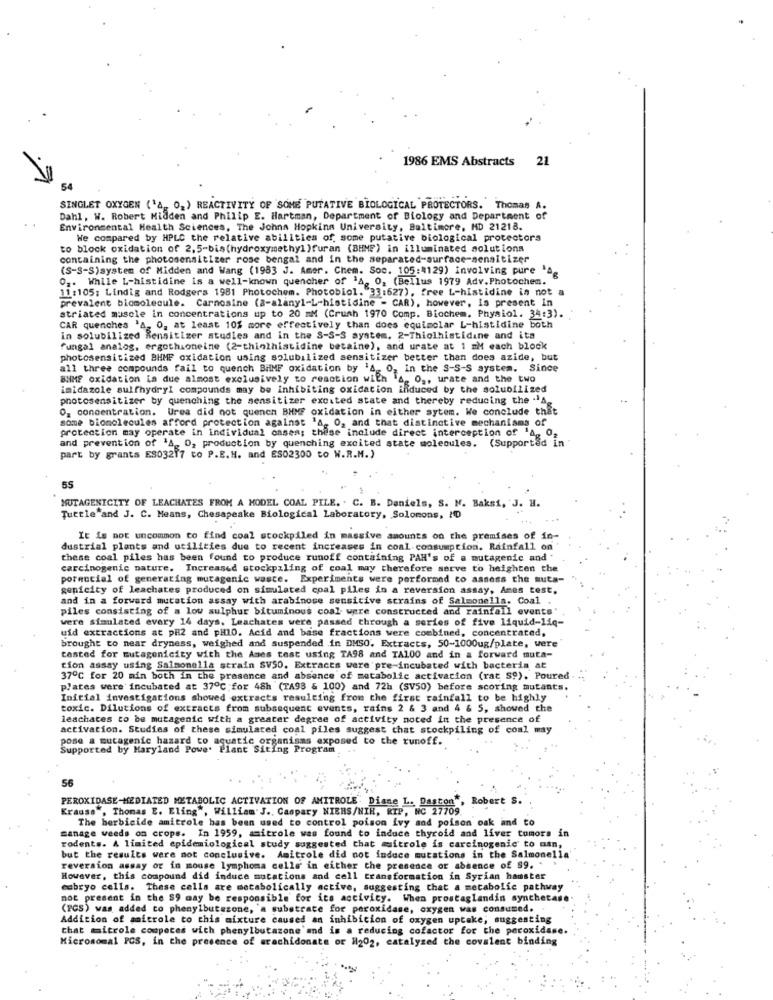
1986 EMS Abstracts
21
SINGLET OXYGEN ('A. O.) REACTIVITY OF SOME PUTATIVE BIOLOGICAL PROTECTORS. Thomas A.
Dahl, W. Robert Midden and Philip E. Hartman, Department of Biology and Department of
Environmental Health Sciences, The Johns Hopkins University, Baltimore, MD 21218.
We compared by HPLC the relative abilities of some putative biological protectors
to block oxidation of 2,5-bis(hydroxymethyl )furan (BHME) in illuminated solutions
containing the photosensitizer rose bengal and in the separated-surface-sensitizer
(S-S-S)system of Midden and Wang (1983 J. Amer. Chem. Soc. 105:4129) Involving pure 's
O2. While L-histidine is a well-known quencher of 'A, 02 (Bellus 1979 Adv.Photochem.
11:105: Lindig and Rodgers 1981 Photochem. Photobiol. "33:627), free L-histidine in not a
prevalent biomolecule. Carnosine (a-alany1-L-histidine - CAR), however, Is present in
striated muscle in concentrations up to 20 mM (Crush 1970 Comp. Biochem. Physiol. 34:3).
CAR quenches 'A, O, at least 10% more effectively than does equimolar L-histidine both
in solubilized Sensitizer studies and in the S-S-S system. 2-Thiolhistidine and ita
fungal analog, ergothioneine (2-thiolhistidine betaine), and urate at 1 mM each block
photosensitized BHMF oxidation using solubilized sensitizer better than does azide, but
in the S-S-S system. Since
all three compounds fail to quench BHMF oxidation by "As og in th
BNME oxidation in due almost exclusively to reaction with A. O ., urate and the two
imidazole sulfhydryl compounds may be inhibiting oxidation induced by the solubilized
photosensitizer by quenching the sensitizer excited state and thereby reducing the .A
O_ concentration. Ures did not quench BHMF oxidation in either sytem. We conclude that
some biomolecules afford protection against "A, O, and that distinctive mechanisms of
protection may operate in individual casen; these include direct interception of 14. 0,
and prevention of 'A_ O, production by quenching excited state molecules. (Supported in
part by grants ES03217 to P.B.H. and ES02300 to W.R.M.)
55
MUTAGENICITY OF LEACHATES FROM A MODEL COAL PILE. . C. B. Daniels, S. N. Baksi, J. H.
Turtle and J. C. Means, Chesapeake Biological Laboratory, Solomons, I'D
It is not uncommon to find coal stockpiled in massive amounts on the premises of in-
dustrial plants and utilities due to recent increases in coal consumption. Rainfall on
these coal piles has been found to produce runoff containing PAH's of a mutagenic and .
carcinogenic nature. Increased stockpaling of coal may therefore serve to heighten the
pornocial of generating mutagenic waste. Experiments were performed co assess the muta-
genicity of leachates produced on simulated coal piles in a reversion assay, Ames test.
and in a forward mutation assay with arabinose sensitive strains of Salmonella. Coal
piles consisting of a low sulphur bituminous coal were constructed and rainfall events"
were simulated every 14 days. Leachates were passed through a series of five liquid-liq
uid extractions at pH2 and pHIO. Acid and base fractions were combined, concentrated,
brought to near dryness, weighed and suspended in DMSO. Extracts, 50-1000ug/plate, were
tasted for mutagenicity with the Ames test using TA98 and TA100 and in a forward muta-
tion assay using Salmonella strain SV50. Extracts were pre-incubated with bacteria at
37℃ for 20 min both in the presence and absence of metabolic activation (rat S9). Poured
plates were incubated at 37℃ for 48h (TA98 & 100) and 72h (SV50) before scoring mutants.
Initial investigations showed extracts resulting from the first rainfall to be highly
toxic. Dilutions of extracts from subsequent events, rains 2 & 3 and 4 & 5, showed the
leschates to be mutagenic with a greater degree of activity noted in the presence of
activation. Studies of these simulated coal piles suggest chat stockpiling of coal may
pose a mutagenic hazard to aquatic organisms exposed to the runoff.
Supported by Maryland Powe. Plant Siting Program
56
PEROXIDASE-MEDIATED METABOLIC ACTIVATION OF AMITROLE. Diane L. Daston", Robert
Krause", Thomas E. Eling", William'S .. Caspary NIERS/NIH, RIP, NC 27709.
The herbicide amitrole has been used to control poison ivy and poison oak and to
manage weeds on crops. In 1959, amitrole was found to induce thyroid and liver tumors in
rodents. A limited epidemiological study suggested that muitrole is carcinogenic to man,
but the results were not conclusive. Amitrole did not induce mutations in the Salmonella'
reversion assay or in mouse lymphoma celle' in either the presence or absence of $9. .
However, this compound did induce mutations and cell transformation in Syrian hamster
cabryo cells. These cells are metabolically active, suggesting that a metabolic pathway
not present in the S9 may be responsible for its activicy. When prostaglandin synchetase
(PCS) was added to phenylbutazone, a substrate for peroxidase, oxygen was consumed.
Addition of mitrole to this mixture caused an inhibicion of oxygen uptake; suggesting
that microle coupeces with phenylbutazone and is a reducing cofactor for the peroxidase.
Microsomal PCS, in the presence of arachidonate or H202, catalyzed the covalent binding